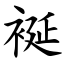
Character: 䘰